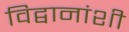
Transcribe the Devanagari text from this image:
विद्वानांशी